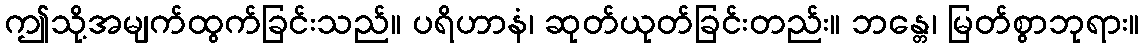
ဤသို့အမျက်ထွက်ခြင်းသည်။ ပရိဟာနံ၊ ဆုတ်ယုတ်ခြင်းတည်း။ ဘန္တေ၊ မြတ်စွာဘုရား။